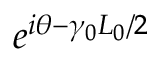
e ^ { i \theta - \gamma _ { 0 } L _ { 0 } / 2 }